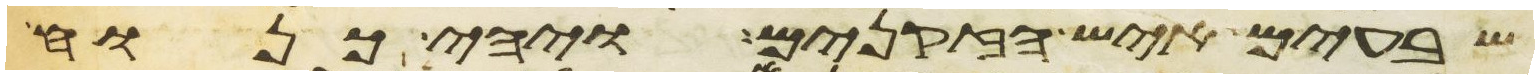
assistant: שבעים איש הזקנים ויהי כנוח